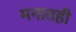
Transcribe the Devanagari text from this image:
मनातही